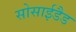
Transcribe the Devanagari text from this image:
सोसाईडैड